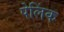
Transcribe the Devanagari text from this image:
पेलिंक